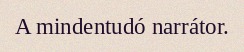
A mindentudó narrátor.